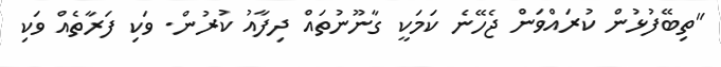
"ތިބޭފުޅުން ކުރައްވަން ޖެހޭނެ ކަމަކީ ގާނޫނުތައް ދިފާއު ކުރުން. ވަކި ފަރާތެއް ވަކި